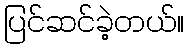
ပြင်ဆင်ခဲ့တယ်။